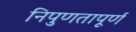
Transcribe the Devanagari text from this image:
निपुणतापूर्ण